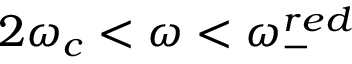
2 \omega _ { c } < \omega < \omega _ { - } ^ { r e d }